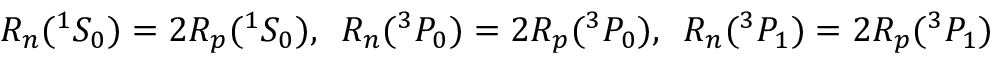
R _ { n } ( { } ^ { 1 } S _ { 0 } ) = 2 R _ { p } ( { } ^ { 1 } S _ { 0 } ) , \, \, \, R _ { n } ( { } ^ { 3 } P _ { 0 } ) = 2 R _ { p } ( ^ { 3 } P _ { 0 } ) , \, \, \, R _ { n } ( { } ^ { 3 } P _ { 1 } ) = 2 R _ { p } ( { } ^ { 3 } P _ { 1 } )